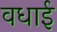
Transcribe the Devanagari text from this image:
वधाई